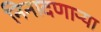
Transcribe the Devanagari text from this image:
निनादणाऱ्या